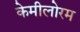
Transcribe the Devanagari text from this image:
केमीलोरम